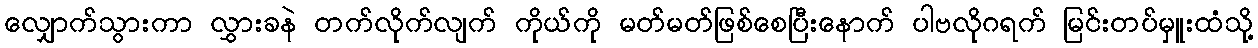
လျှောက်သွားကာ လွှားခနဲ တက်လိုက်လျက် ကိုယ်ကို မတ်မတ်ဖြစ်စေပြီးနောက် ပါဗလိုဂရက် မြင်းတပ်မှူးထံသို့